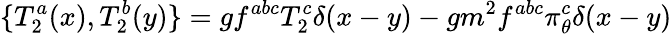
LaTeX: \{ T_{2}^{a}(x),T_{2}^{b}(y)\} =gf^{abc}T_{2}^{c}\delta(x-y)-gm^{2}f^{abc}\pi_{\theta}^{c}\delta(x-y)